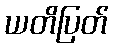
ယတိပြတ်